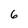
Character: 6